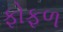
ફોફળ